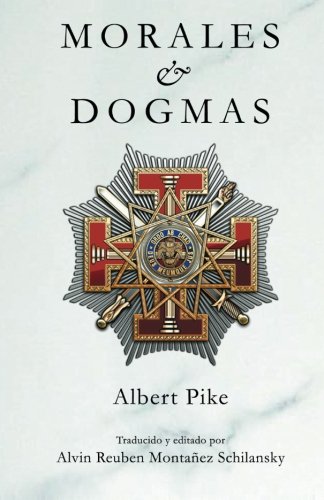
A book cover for Morales & Dogmas: El Verdadero Significado de la MasonerÃ­a (Spanish Edition); Albert Pike; Religion & Spirituality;